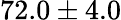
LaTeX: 72.0\pm 4.0